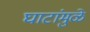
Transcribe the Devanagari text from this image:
घाटांमुळे